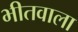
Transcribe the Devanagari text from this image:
भीतवाला